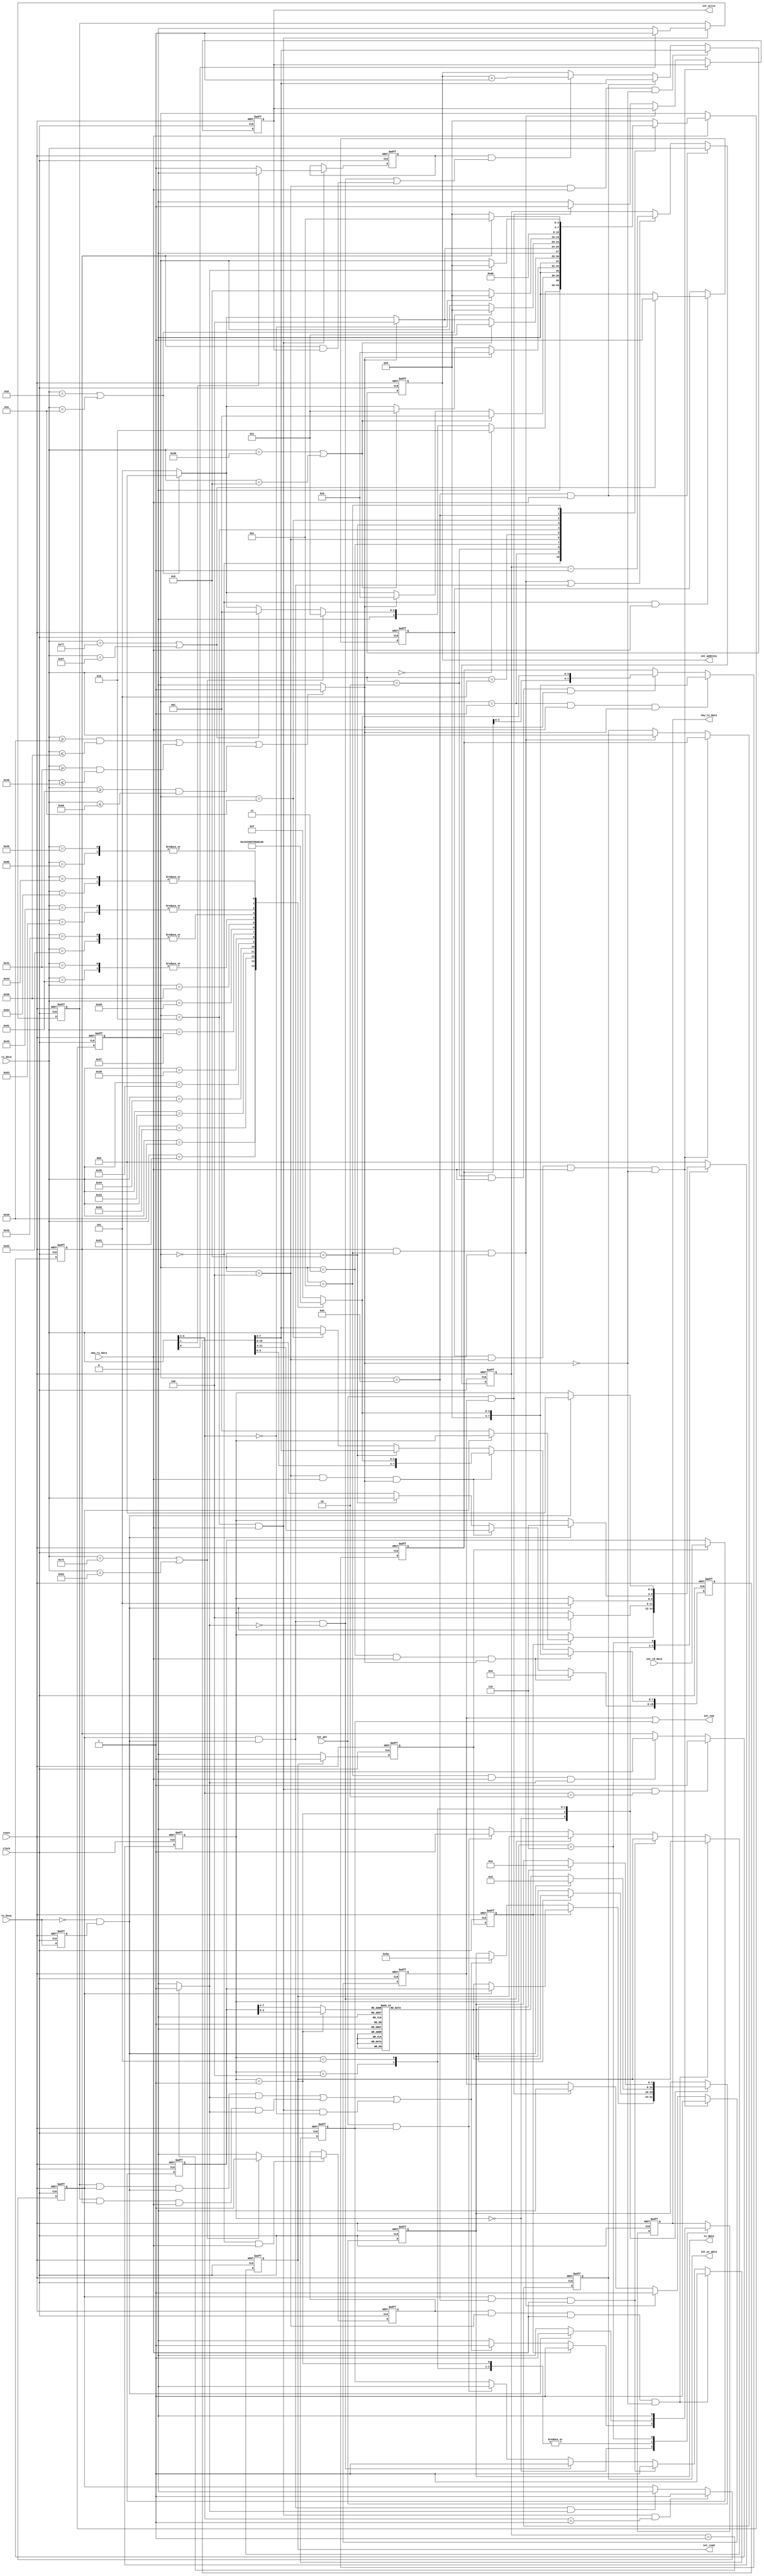
//---------------------------------------------------------------------------------------
// uart parser module  
//
//---------------------------------------------------------------------------------------

module uart_parser 
(
	// global signals 
	clock, reset,
	// transmit and receive internal interface signals from uart interface 
	rx_data, new_rx_data, 
	tx_data, new_tx_data, tx_busy, 
	// internal bus to register file 
	int_address, int_wr_data, int_write,
	int_rd_data, int_read, 
	int_req, int_gnt 
);
//---------------------------------------------------------------------------------------
// parameters 
parameter		AW = 8;			// address bus width parameter 

// modules inputs and outputs 
input 			clock;			// global clock input 
input 			reset;			// global reset input 
output	[7:0]	tx_data;		// data byte to transmit 
output			new_tx_data;	// asserted to indicate that there is a new data byte for
								// transmission 
input 			tx_busy;		// signs that transmitter is busy 
input	[7:0]	rx_data;		// data byte received 
input 			new_rx_data;	// signs that a new byte was received 
output	[AW-1:0] int_address;	// address bus to register file 
output	[7:0]	int_wr_data;	// write data to register file 
output			int_write;		// write control to register file 
output			int_read;		// read control to register file 
input	[7:0]	int_rd_data;	// data read from register file 
output			int_req;		// bus access request signal 
input			int_gnt;		// bus access grant signal 

// registered outputs
reg	[7:0] tx_data;
reg new_tx_data;
reg	[AW-1:0] int_address;
reg	[7:0] int_wr_data;
reg write_req, read_req, int_write, int_read;

// internal constants 
// define characters used by the parser 
`define CHAR_CR			8'h0d
`define CHAR_LF			8'h0a
`define CHAR_SPACE		8'h20
`define CHAR_TAB		8'h09
`define CHAR_COMMA		8'h2C
`define CHAR_R_UP		8'h52
`define CHAR_r_LO		8'h72
`define CHAR_W_UP		8'h57
`define CHAR_w_LO		8'h77
`define CHAR_0			8'h30
`define CHAR_1			8'h31
`define CHAR_2			8'h32
`define CHAR_3			8'h33
`define CHAR_4			8'h34
`define CHAR_5			8'h35
`define CHAR_6			8'h36
`define CHAR_7			8'h37
`define CHAR_8			8'h38
`define CHAR_9			8'h39
`define CHAR_A_UP		8'h41
`define CHAR_B_UP		8'h42
`define CHAR_C_UP		8'h43
`define CHAR_D_UP		8'h44
`define CHAR_E_UP		8'h45
`define CHAR_F_UP		8'h46
`define CHAR_a_LO		8'h61
`define CHAR_b_LO		8'h62
`define CHAR_c_LO		8'h63
`define CHAR_d_LO		8'h64
`define CHAR_e_LO		8'h65
`define CHAR_f_LO		8'h66

// main (receive) state machine states 
`define MAIN_IDLE		4'b0000
`define MAIN_WHITE1		4'b0001
`define MAIN_DATA		4'b0010
`define MAIN_WHITE2		4'b0011
`define MAIN_ADDR		4'b0100
`define MAIN_EOL		4'b0101
// binary mode extension states 
`define MAIN_BIN_CMD	4'b1000
`define MAIN_BIN_ADRH	4'b1001
`define MAIN_BIN_ADRL	4'b1010
`define MAIN_BIN_LEN    4'b1011
`define MAIN_BIN_DATA   4'b1100 

// transmit state machine 
`define TX_IDLE			3'b000
`define TX_HI_NIB		3'b001
`define TX_LO_NIB		3'b100
`define TX_CHAR_CR		3'b101
`define TX_CHAR_LF		3'b110

// binary extension mode commands - the command is indicated by bits 5:4 of the command byte 
`define BIN_CMD_NOP		2'b00
`define BIN_CMD_READ	2'b01
`define BIN_CMD_WRITE	2'b10

// internal wires and registers 
reg [3:0] main_sm;			// main state machine 
reg read_op;				// read operation flag 
reg write_op;				// write operation flag 
reg data_in_hex_range;		// indicates that the received data is in the range of hex number 
reg [7:0] data_param;		// operation data parameter 
reg [15:0] addr_param;		// operation address parameter 
reg [3:0] data_nibble;		// data nibble from received character 
reg read_done;				// internally generated read done flag 
reg read_done_s;			// sampled read done 
reg [7:0] read_data_s;		// sampled read data 
reg [3:0] tx_nibble;		// nibble value for transmission 
reg [7:0] tx_char;			// transmit byte from nibble to character conversion 
reg [2:0] tx_sm;			// transmit state machine 
reg s_tx_busy;				// sampled tx_busy for falling edge detection 
reg bin_read_op;			// binary mode read operation flag 
reg bin_write_op;			// binary mode write operation flag 
reg addr_auto_inc;			// address auto increment mode 
reg send_stat_flag;			// send status flag 
reg [7:0] bin_byte_count;	// binary mode byte counter 
wire bin_last_byte;			// last byte flag indicates that the current byte in the command is the last 
wire tx_end_p;				// transmission end pulse 

//---------------------------------------------------------------------------------------
// module implementation 
// main state machine 
always @ (posedge clock or posedge reset)
begin 
	if (reset)
		main_sm <= `MAIN_IDLE;
	else if (new_rx_data) 
	begin 
		case (main_sm)
			// wait for a read ('r') or write ('w') command 
			// binary extension - an all zeros byte enabled binary commands 
			`MAIN_IDLE:
				// check received character 
				if (rx_data == 8'h0)
					// an all zeros received byte enters binary mode 
					main_sm <= `MAIN_BIN_CMD;
				else if ((rx_data == `CHAR_r_LO) | (rx_data == `CHAR_R_UP))
					// on read wait to receive only address field 
					main_sm <= `MAIN_WHITE2;
				else if ((rx_data == `CHAR_w_LO) | (rx_data == `CHAR_W_UP))
					// on write wait to receive data and address 
					main_sm <= `MAIN_WHITE1;
				else if ((rx_data == `CHAR_CR) | (rx_data == `CHAR_LF))
					// on new line sta in idle 
					main_sm <= `MAIN_IDLE;
				else 
					// any other character wait to end of line (EOL)
					main_sm <= `MAIN_EOL;
				
			// wait for white spaces till first data nibble 
			`MAIN_WHITE1:
				// wait in this case until any white space character is received. in any 
				// valid character for data value switch to data state. a new line or carriage 
				// return should reset the state machine to idle.
				// any other character transitions the state machine to wait for EOL.
				if ((rx_data == `CHAR_SPACE) | (rx_data == `CHAR_TAB))
					main_sm <= `MAIN_WHITE1;
				else if (data_in_hex_range)
					main_sm <= `MAIN_DATA;
				else if ((rx_data == `CHAR_CR) | (rx_data == `CHAR_LF))
					main_sm <= `MAIN_IDLE;
				else 
					main_sm <= `MAIN_EOL;
					
			// receive data field 
			`MAIN_DATA:
				// wait while data in hex range. white space transition to wait white 2 state.
				// CR and LF resets the state machine. any other value cause state machine to 
				// wait til end of line.
				if (data_in_hex_range)
					main_sm <= `MAIN_DATA;
				else if ((rx_data == `CHAR_SPACE) | (rx_data == `CHAR_TAB))
					main_sm <= `MAIN_WHITE2;
				else if ((rx_data == `CHAR_CR) | (rx_data == `CHAR_LF))
					main_sm <= `MAIN_IDLE;
				else 
					main_sm <= `MAIN_EOL;
				
			// wait for white spaces till first address nibble 
			`MAIN_WHITE2:
				// similar to MAIN_WHITE1 
				if ((rx_data == `CHAR_SPACE) | (rx_data == `CHAR_TAB))
					main_sm <= `MAIN_WHITE2;
				else if (data_in_hex_range)
					main_sm <= `MAIN_ADDR;
				else if ((rx_data == `CHAR_CR) | (rx_data == `CHAR_LF))
					main_sm <= `MAIN_IDLE;
				else 
					main_sm <= `MAIN_EOL;

			// receive address field 
			`MAIN_ADDR:
				// similar to MAIN_DATA 
				if (data_in_hex_range)
					main_sm <= `MAIN_ADDR;
				else if ((rx_data == `CHAR_CR) | (rx_data == `CHAR_LF))
					main_sm <= `MAIN_IDLE;
				else 
					main_sm <= `MAIN_EOL;

			// wait to EOL 				
			`MAIN_EOL:
				// wait for CR or LF to move back to idle 
				if ((rx_data == `CHAR_CR) | (rx_data == `CHAR_LF))
					main_sm <= `MAIN_IDLE;
					
			// binary extension 
			// wait for command - one byte 
			`MAIN_BIN_CMD:
				// check if command is a NOP command 
				if (rx_data[5:4] == `BIN_CMD_NOP)
					// if NOP command then switch back to idle state 
					main_sm <= `MAIN_IDLE;
				else 
					// not a NOP command, continue receiving parameters 
					main_sm <= `MAIN_BIN_ADRH;
							
			// wait for address parameter - two bytes 
			// high address byte 
			`MAIN_BIN_ADRH:
				// switch to next state 
				main_sm <= `MAIN_BIN_ADRL;
			
			// low address byte 
			`MAIN_BIN_ADRL:
				// switch to next state 
				main_sm <= `MAIN_BIN_LEN;
			
			// wait for length parameter - one byte 
			`MAIN_BIN_LEN:
				// check if write command else command reception ended 
				if (bin_write_op)
					// wait for write data 
					main_sm <= `MAIN_BIN_DATA;
				else 
					// command reception has ended 
					main_sm <= `MAIN_IDLE;
			
			// on write commands wait for data till end of buffer as specified by length parameter 
			`MAIN_BIN_DATA:
				// if this is the last data byte then return to idle 
				if (bin_last_byte)
					main_sm <= `MAIN_IDLE;
				
			// go to idle 
			default:
				main_sm <= `MAIN_IDLE;
		endcase 
	end 
end 

// indicates that the received data is in the range of hex number 
always @ (rx_data)
begin 
	if (((rx_data >= `CHAR_0   ) && (rx_data <= `CHAR_9   )) || 
	    ((rx_data >= `CHAR_A_UP) && (rx_data <= `CHAR_F_UP)) || 
	    ((rx_data >= `CHAR_a_LO) && (rx_data <= `CHAR_f_LO)))
		data_in_hex_range <= 1'b1;
	else 
		data_in_hex_range <= 1'b0;
end 

// read operation flag 
always @ (posedge clock or posedge reset)
begin 
	if (reset)
		read_op <= 1'b0;
	else if ((main_sm == `MAIN_IDLE) && new_rx_data) 
	begin 
		// the read operation flag is set when a read command is received in idle state and cleared 
		// if any other character is received during that state.
		if ((rx_data == `CHAR_r_LO) | (rx_data == `CHAR_R_UP))
			read_op <= 1'b1;
		else 
			read_op <= 1'b0;
	end 
end 

// write operation flag 
always @ (posedge clock or posedge reset)
begin 
	if (reset)
		write_op <= 1'b0;
	else if ((main_sm == `MAIN_IDLE) & new_rx_data) 
	begin 
		// the write operation flag is set when a write command is received in idle state and cleared 
		// if any other character is received during that state.
		if ((rx_data == `CHAR_w_LO) | (rx_data == `CHAR_W_UP))
			write_op <= 1'b1;
		else 
			write_op <= 1'b0;
	end 
end 

// binary mode read operation flag 
always @ (posedge clock or posedge reset)
begin 
	if (reset)
		bin_read_op <= 1'b0;
	else if ((main_sm == `MAIN_BIN_CMD) && new_rx_data && (rx_data[5:4] == `BIN_CMD_READ))
		// read command is started on reception of a read command 
		bin_read_op <= 1'b1;
	else if (bin_read_op && tx_end_p && bin_last_byte)
		// read command ends on transmission of the last byte read 
		bin_read_op <= 1'b0;
end 

// binary mode write operation flag 
always @ (posedge clock or posedge reset)
begin 
	if (reset)
		bin_write_op <= 1'b0;
	else if ((main_sm == `MAIN_BIN_CMD) && new_rx_data && (rx_data[5:4] == `BIN_CMD_WRITE))
		// write command is started on reception of a write command 
		bin_write_op <= 1'b1;
	else if ((main_sm == `MAIN_BIN_DATA) && new_rx_data && bin_last_byte)
		bin_write_op <= 1'b0;
end 

// send status flag - used only in binary extension mode 
always @ (posedge clock or posedge reset)
begin 
	if (reset)
		send_stat_flag <= 1'b0;
	else if ((main_sm == `MAIN_BIN_CMD) && new_rx_data)
	begin 
		// check if a status byte should be sent at the end of the command 
		if (rx_data[0] == 1'b1)
			send_stat_flag <= 1'b1;
		else 
			send_stat_flag <= 1'b0;
	end 
end 

// address auto increment - used only in binary extension mode 
always @ (posedge clock or posedge reset)
begin 
	if (reset)
		addr_auto_inc <= 1'b0;
	else if ((main_sm == `MAIN_BIN_CMD) && new_rx_data)
	begin 
		// check if address should be automatically incremented or not. 
		// Note that when rx_data[1] is set, address auto increment is disabled. 
		if (rx_data[1] == 1'b0)
			addr_auto_inc <= 1'b1;
		else 
			addr_auto_inc <= 1'b0;
	end 
end 

// operation data parameter 
always @ (posedge clock or posedge reset)
begin 
	if (reset)
		data_param <= 8'h0;
	else if ((main_sm == `MAIN_WHITE1) & new_rx_data & data_in_hex_range) 
		data_param <= {4'h0, data_nibble};
	else if ((main_sm == `MAIN_DATA) & new_rx_data & data_in_hex_range) 
		data_param <= {data_param[3:0], data_nibble};
end 

// operation address parameter 
always @ (posedge clock or posedge reset)
begin 
	if (reset)
		addr_param <= 0;
	else if ((main_sm == `MAIN_WHITE2) & new_rx_data & data_in_hex_range) 
		addr_param <= {12'b0, data_nibble};
	else if ((main_sm == `MAIN_ADDR) & new_rx_data & data_in_hex_range) 
		addr_param <= {addr_param[11:0], data_nibble};
	// binary extension 
	else if (main_sm == `MAIN_BIN_ADRH)
		addr_param[15:8] <= rx_data;
	else if (main_sm == `MAIN_BIN_ADRL)
		addr_param[7:0] <= rx_data;
end 

// binary mode command byte counter is loaded with the length parameter and counts down to zero.
// NOTE: a value of zero for the length parameter indicates a command of 256 bytes.
always @ (posedge clock or posedge reset)
begin 
	if (reset)
		bin_byte_count <= 8'b0;
	else if ((main_sm == `MAIN_BIN_LEN) && new_rx_data)
		bin_byte_count <= rx_data;
	else if ((bin_write_op && (main_sm == `MAIN_BIN_DATA) && new_rx_data) || 
			 (bin_read_op && tx_end_p))
		// byte counter is updated on every new data received in write operations and for every 
		// byte transmitted for read operations.
		bin_byte_count <= bin_byte_count - 1;
end 
// last byte in command flag 
assign bin_last_byte = (bin_byte_count == 8'h01) ? 1'b1 : 1'b0;

// internal write control and data 
always @ (posedge clock or posedge reset)
begin 
	if (reset)
	begin 
		write_req <= 1'b0;
		int_write <= 1'b0;
		int_wr_data <= 0;
	end 
	else if (write_op && (main_sm == `MAIN_ADDR) && new_rx_data && !data_in_hex_range)
	begin 
		write_req <= 1'b1;
		int_wr_data <= data_param;
	end 
	// binary extension mode 
	else if (bin_write_op && (main_sm == `MAIN_BIN_DATA) && new_rx_data) 
	begin 
		write_req <= 1'b1;
		int_wr_data <= rx_data;
	end 
	else if (int_gnt && write_req) 
	begin 
		// set internal bus write and clear the write request flag 
		int_write <= 1'b1;
		write_req <= 1'b0;
	end 
	else 
		int_write <= 1'b0;
end 

// internal read control 
always @ (posedge clock or posedge reset)
begin 
	if (reset)
	begin 
		int_read <= 1'b0;
		read_req <= 1'b0;
	end 
	else if (read_op && (main_sm == `MAIN_ADDR) && new_rx_data && !data_in_hex_range)
		read_req <= 1'b1;
	// binary extension 
	else if (bin_read_op && (main_sm == `MAIN_BIN_LEN) && new_rx_data)
		// the first read request is issued on reception of the length byte 
		read_req <= 1'b1;
	else if (bin_read_op && tx_end_p && !bin_last_byte)
		// the next read requests are issued after the previous read value was transmitted and 
		// this is not the last byte to be read.
		read_req <= 1'b1;
	else if (int_gnt && read_req) 
	begin 
		// set internal bus read and clear the read request flag 
		int_read <= 1'b1;
		read_req <= 1'b0;
	end 
	else 
		int_read <= 1'b0;
end 

// external request signal is active on read or write request 
assign int_req = write_req | read_req;

// internal address 
always @ (posedge clock or posedge reset)
begin
	if (reset) 
		int_address <= 0;
	else if ((main_sm == `MAIN_ADDR) && new_rx_data && !data_in_hex_range)
		int_address <= addr_param[AW-1:0];
	// binary extension 
	else if ((main_sm == `MAIN_BIN_LEN) && new_rx_data)
		// sample address parameter on reception of length byte 
		int_address <= addr_param[AW-1:0];
	else if (addr_auto_inc && 
			 ((bin_read_op && tx_end_p && !bin_last_byte) || 
			  (bin_write_op && int_write)))
		// address is incremented on every read or write if enabled 
		int_address <= int_address + 1;
end 

// read done flag and sampled data read 
always @ (posedge clock or posedge reset)
begin
	if (reset) begin 
		read_done <= 1'b0;
		read_done_s <= 1'b0;
		read_data_s <= 8'h0;
	end 
	else 
	begin 
		// read done flag 
		if (int_read) 
			read_done <= 1'b1;
		else 
			read_done <= 1'b0;
			
		// sampled read done 
		read_done_s <= read_done;
		
		// sampled data read 
		if (read_done)
			read_data_s <= int_rd_data;
	end 
end 

// transmit state machine and control 
always @ (posedge clock or posedge reset)
begin 
	if (reset) begin 
		tx_sm <= `TX_IDLE;
		tx_data <= 8'h0;
		new_tx_data <= 1'b0;
	end 
	else 
		case (tx_sm)
			// wait for read done indication 
			`TX_IDLE: 
				// on end of every read operation check how the data read should be transmitted 
				// according to read type: ascii or binary.
				if (read_done_s) 
					// on binary mode read transmit byte value 
					if (bin_read_op)
					begin 
						// note that there is no need to change state 
						tx_data <= read_data_s;
						new_tx_data <= 1'b1;
					end 
					else 
					begin 
						tx_sm <= `TX_HI_NIB;
						tx_data <= tx_char;
						new_tx_data <= 1'b1;
					end 
				// check if status byte should be transmitted 
				else if ((send_stat_flag && bin_read_op && tx_end_p && bin_last_byte) ||	// end of read command 
					(send_stat_flag && bin_write_op && new_rx_data && bin_last_byte) ||	// end of write command 
					((main_sm == `MAIN_BIN_CMD) && new_rx_data && (rx_data[5:4] == `BIN_CMD_NOP)))	// NOP 
				begin 
					// send status byte - currently a constant 
					tx_data <= 8'h5a;
					new_tx_data <= 1'b1;
				end 
				else 
					new_tx_data <= 1'b0;

			// wait for transmit to end 
			`TX_HI_NIB:	
				if (tx_end_p) 
				begin 
					tx_sm <= `TX_LO_NIB;
					tx_data <= tx_char;
					new_tx_data <= 1'b1;
				end 
				else 
					new_tx_data <= 1'b0;
					
			// wait for transmit to end 
			`TX_LO_NIB:	
				if (tx_end_p) 
				begin 
					tx_sm <= `TX_CHAR_CR;
					tx_data <= `CHAR_CR;
					new_tx_data <= 1'b1;
				end 
				else 
					new_tx_data <= 1'b0;
					
			// wait for transmit to end 
			`TX_CHAR_CR:	
				if (tx_end_p) 
				begin 
					tx_sm <= `TX_CHAR_LF;
					tx_data <= `CHAR_LF;
					new_tx_data <= 1'b1;
				end 
				else 
					new_tx_data <= 1'b0;
					
			// wait for transmit to end 
			`TX_CHAR_LF:	
				begin 
					if (tx_end_p) 
						tx_sm <= `TX_IDLE;
					// clear tx new data flag 
					new_tx_data <= 1'b0;
				end 
					
			// return to idle 
			default:
				tx_sm <= `TX_IDLE;
		endcase 
end 

// select the nibble to the nibble to character conversion 
always @ (tx_sm or read_data_s)
begin 
	case (tx_sm)
		`TX_IDLE:		tx_nibble = read_data_s[7:4];
		`TX_HI_NIB:		tx_nibble = read_data_s[3:0];
		default:		tx_nibble = read_data_s[7:4];
	endcase
end 

// sampled tx_busy 
always @ (posedge clock or posedge reset)
begin 
	if (reset)
		s_tx_busy <= 1'b0;
	else 
		s_tx_busy <= tx_busy;
end 
// tx end pulse 
assign tx_end_p = ~tx_busy & s_tx_busy;

// character to nibble conversion 
always @ (rx_data)
begin 
	case (rx_data) 
		`CHAR_0:				data_nibble = 4'h0;
		`CHAR_1:				data_nibble = 4'h1;
		`CHAR_2:				data_nibble = 4'h2;
		`CHAR_3:				data_nibble = 4'h3;
		`CHAR_4:				data_nibble = 4'h4;
		`CHAR_5:				data_nibble = 4'h5;
		`CHAR_6:				data_nibble = 4'h6;
		`CHAR_7:				data_nibble = 4'h7;
		`CHAR_8:				data_nibble = 4'h8;
		`CHAR_9:				data_nibble = 4'h9;
		`CHAR_A_UP, `CHAR_a_LO:	data_nibble = 4'ha;
		`CHAR_B_UP, `CHAR_b_LO:	data_nibble = 4'hb;
		`CHAR_C_UP, `CHAR_c_LO:	data_nibble = 4'hc;
		`CHAR_D_UP, `CHAR_d_LO:	data_nibble = 4'hd;
		`CHAR_E_UP, `CHAR_e_LO:	data_nibble = 4'he;
		`CHAR_F_UP, `CHAR_f_LO:	data_nibble = 4'hf;
		default:				data_nibble = 4'hf;
	endcase 
end 

// nibble to character conversion 
always @ (tx_nibble)
begin 
	case (tx_nibble)
		4'h0:	tx_char = `CHAR_0;
		4'h1:	tx_char = `CHAR_1;
		4'h2:	tx_char = `CHAR_2;
		4'h3:	tx_char = `CHAR_3;
		4'h4:	tx_char = `CHAR_4;
		4'h5:	tx_char = `CHAR_5;
		4'h6:	tx_char = `CHAR_6;
		4'h7:	tx_char = `CHAR_7;
		4'h8:	tx_char = `CHAR_8;
		4'h9:	tx_char = `CHAR_9;
		4'ha:	tx_char = `CHAR_A_UP;
		4'hb:	tx_char = `CHAR_B_UP;
		4'hc:	tx_char = `CHAR_C_UP;
		4'hd:	tx_char = `CHAR_D_UP;
		4'he:	tx_char = `CHAR_E_UP;
		default: tx_char = `CHAR_F_UP;
	endcase 
end 

endmodule
//---------------------------------------------------------------------------------------
//						Th.. Th.. Th.. Thats all folks !!!
//---------------------------------------------------------------------------------------